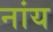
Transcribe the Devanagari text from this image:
नांय